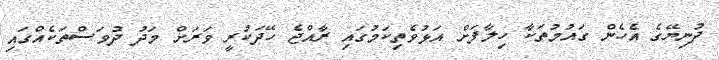
ދުނިޔޭގެ އެހެން ގައުމުތަކާ ހިލާފަށް އަޅުވެތިކަމުގައި ރާއްޖެ ހޭދަކުރީ ވަރަށް މަދު ދުވަސްތަކެއްގައި